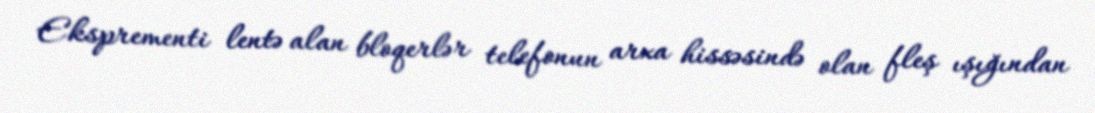
Eksprementi lentə alan bloqerlər telefonun arxa hissəsində olan fleş ışığından